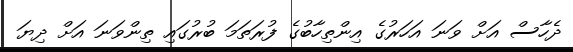
ދެހާސް އަށް ވަނަ އަހަރުގެ އިންތިހާބުގެ ފުރަތަމަ ބުރުގައި ތިންވަނަ އަށް ދިޔަ